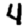
Digit: 4